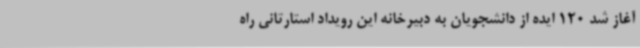
آغاز شد 120 ایده از دانشجویان به دبیرخانه این رویداد استارتانی راه